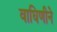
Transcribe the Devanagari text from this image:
वाघिणीने